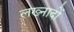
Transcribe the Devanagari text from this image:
लख्नादों